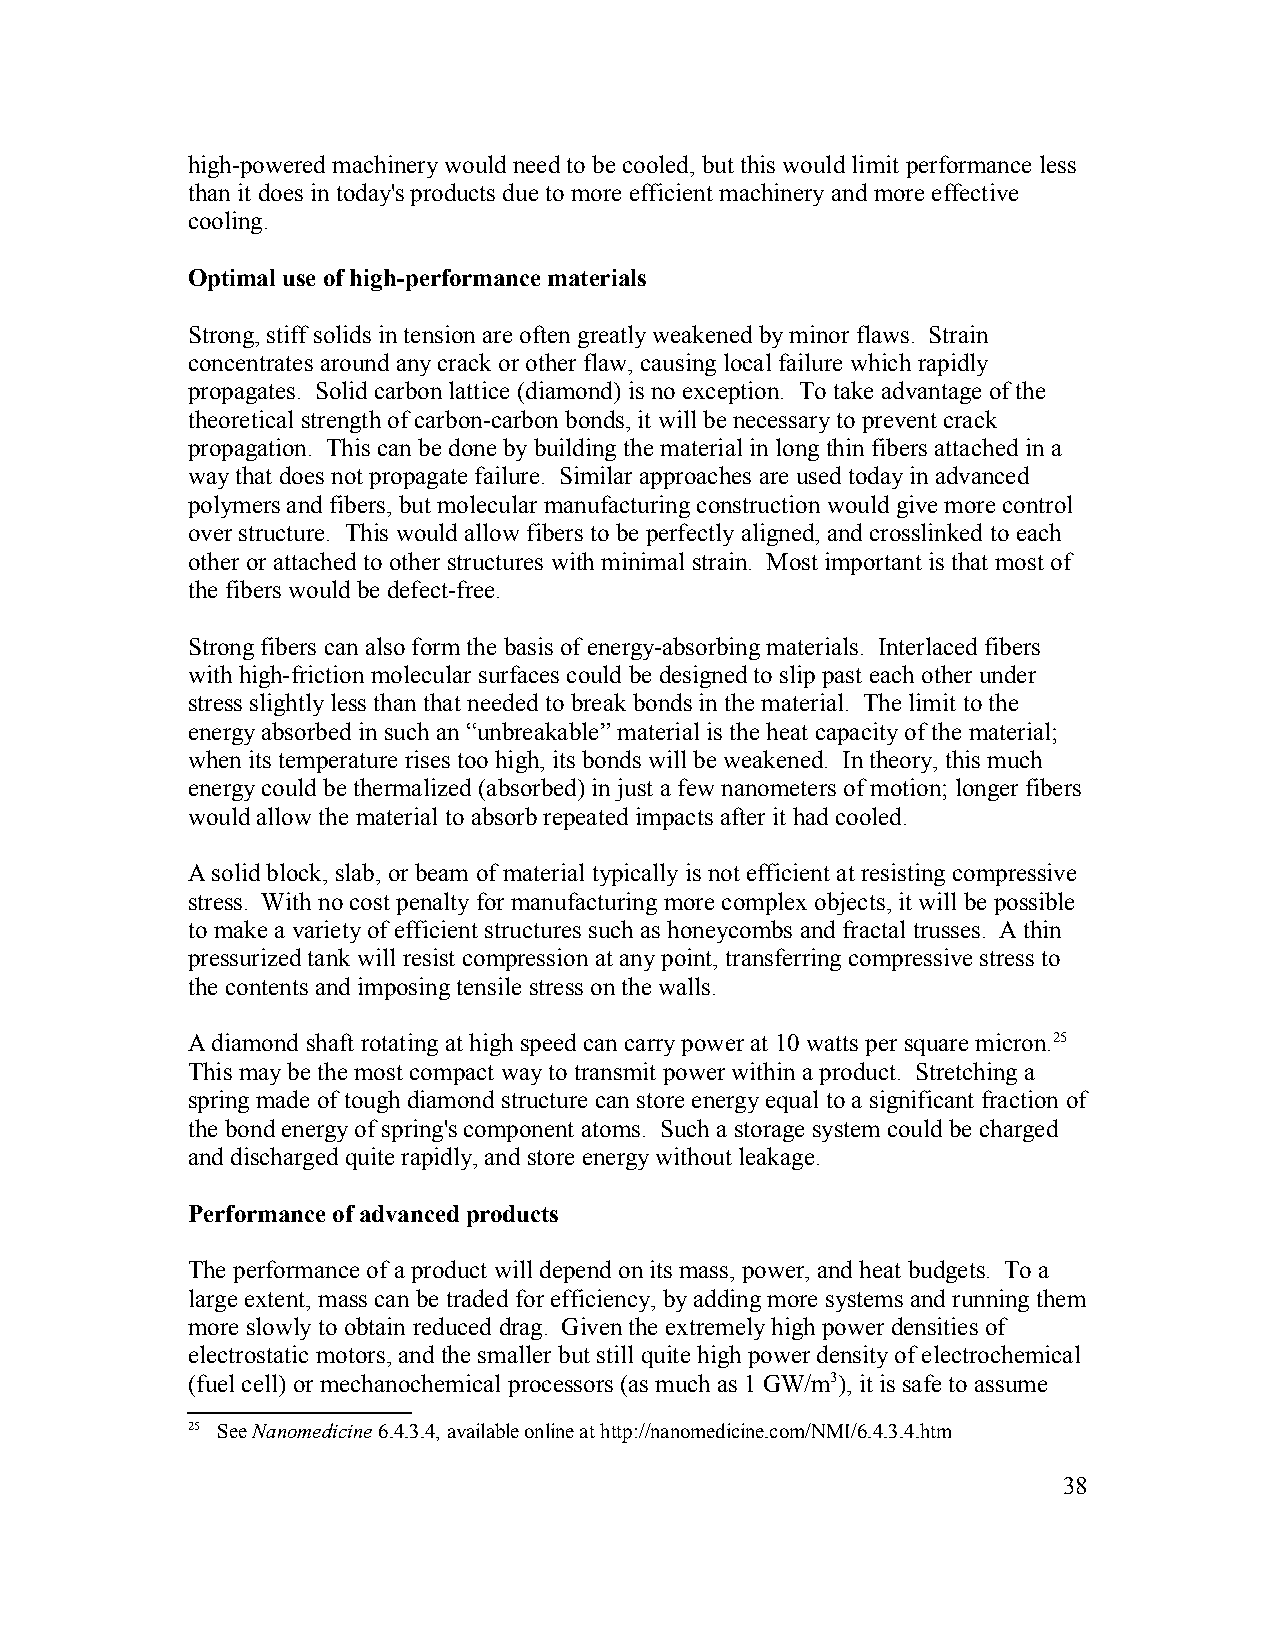
high-powered machinery would need to be cooled, but this would limit performance less
 than it does in today's products due to more efficient machinery and more effective
 cooling.
 Optimal use of high-performance materials
 Strong, stiff solids in tension are often greatly weakened by minor flaws. Strain
 concentrates around any crack or other flaw, causing local failure which rapidly
 propagates. Solid carbon lattice (diamond) is no exception. To take advantage of the
 theoretical strength of carbon-carbon bonds, it will be necessary to prevent crack
 propagation. This can be done by building the material in long thin fibers attached in a
 way that does not propagate failure. Similar approaches are used today in advanced
 polymers and fibers, but molecular manufacturing construction would give more control
 over structure. This would allow fibers to be perfectly aligned, and crosslinked to each
 other or attached to other structures with minimal strain. Most important is that most of
 the fibers would be defect-free.
 Strong fibers can also form the basis of energy-absorbing materials. Interlaced fibers
 with high-friction molecular surfaces could be designed to slip past each other under
 stress slightly less than that needed to break bonds in the material. The limit to the
 energy absorbed in such an “unbreakable” material is the heat capacity of the material;
 when its temperature rises too high, its bonds will be weakened. In theory, this much
 energy could be thermalized (absorbed) in just a few nanometers of motion; longer fibers
 would allow the material to absorb repeated impacts after it had cooled.
 A solid block, slab, or beam of material typically is not efficient at resisting compressive
 stress. With no cost penalty for manufacturing more complex objects, it will be possible
 to make a variety of efficient structures such as honeycombs and fractal trusses. A thin
 pressurized tank will resist compression at any point, transferring compressive stress to
 the contents and imposing tensile stress on the walls.
 A diamond shaft rotating at high speed can carry power at 10 watts per square micron.25
 This may be the most compact way to transmit power within a product. Stretching a
 spring made of tough diamond structure can store energy equal to a significant fraction of
 the bond energy of spring's component atoms. Such a storage system could be charged
 and discharged quite rapidly, and store energy without leakage.
 Performance of advanced products
 The performance of a product will depend on its mass, power, and heat budgets. To a
 large extent, mass can be traded for efficiency, by adding more systems and running them
 more slowly to obtain reduced drag. Given the extremely high power densities of
 electrostatic motors, and the smaller but still quite high power density of electrochemical
 (fuel cell) or mechanochemical processors (as much as 1 GW/m3), it is safe to assume
 25 See Nanomedicine 6.4.3.4, available online at http://nanomedicine.com/NMI/6.4.3.4.htm
 38